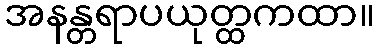
အနန္တရာပယုတ္ထကထာ။